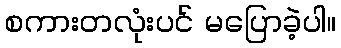
စကားတလုံးပင် မပြောခဲ့ပါ။